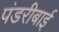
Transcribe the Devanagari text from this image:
पंडरीबाई